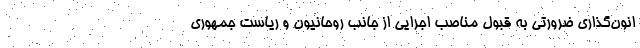
انون‌گذاری ضرورتی به قبول مناصب اجرایی از جانب روحانیون و ریاست جمهوری